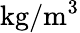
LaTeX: \mathrm{kg/m^{3}}